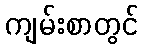
ကျမ်းစာတွင်